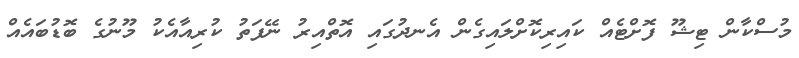
މުސްކާން ޓިޝޫ ފޮށްޓެއް ކައިރިކޮށްލައިގެން އެނދުގައި އޮތްއިރު ނޭފަތު ކުރިއާއެކު މޫނުގެ ބޮޑުބައެއް